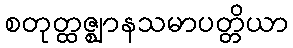
စတုတ္ထဇ္ဈာနသမာပတ္တိယာ